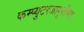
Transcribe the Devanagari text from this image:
कम्प्युटरजागृतीचा